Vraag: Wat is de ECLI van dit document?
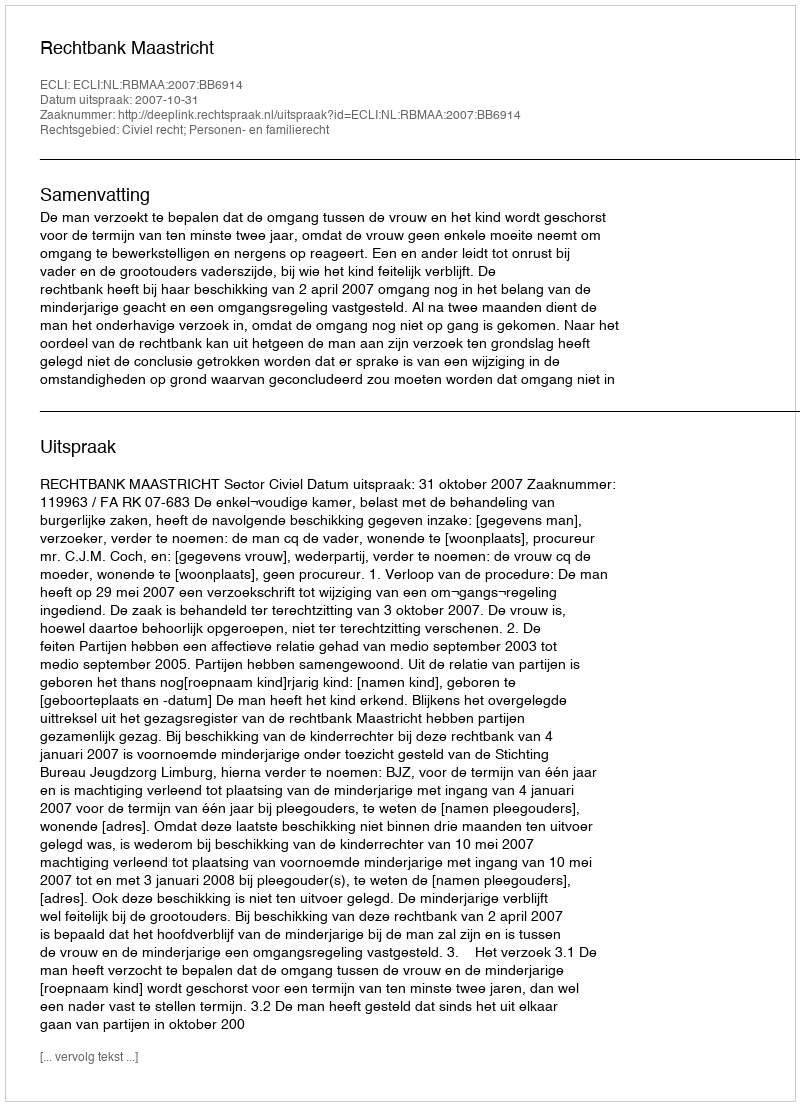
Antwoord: ECLI:NL:RBMAA:2007:BB6914